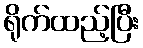
ရိုက်ထည့်ပြီး